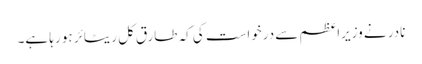
نادر نے وزیراعظم سے درخواست کی کہ طارق کل ریٹائر ہو رہا ہے۔